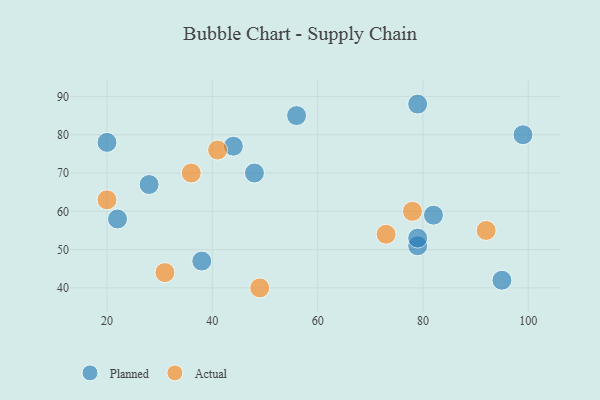
{"axis": {"x": "GDP", "y": "Life Expectancy"}, "legend": ["Actual", "Planned"], "data": [{"x": "22", "y": 58, "type": "Planned"}, {"x": "44", "y": 77, "type": "Planned"}, {"x": "79", "y": 88, "type": "Planned"}, {"x": "56", "y": 85, "type": "Planned"}, {"x": "20", "y": 78, "type": "Planned"}, {"x": "79", "y": 51, "type": "Planned"}, {"x": "38", "y": 47, "type": "Planned"}, {"x": "48", "y": 70, "type": "Planned"}, {"x": "79", "y": 53, "type": "Planned"}, {"x": "82", "y": 59, "type": "Planned"}, {"x": "99", "y": 80, "type": "Planned"}, {"x": "28", "y": 67, "type": "Planned"}, {"x": "95", "y": 42, "type": "Planned"}, {"x": "73", "y": 54, "type": "Actual"}, {"x": "78", "y": 60, "type": "Actual"}, {"x": "92", "y": 55, "type": "Actual"}, {"x": "20", "y": 63, "type": "Actual"}, {"x": "41", "y": 76, "type": "Actual"}, {"x": "49", "y": 40, "type": "Actual"}, {"x": "36", "y": 70, "type": "Actual"}, {"x": "31", "y": 44, "type": "Actual"}]}